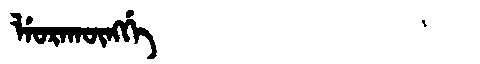
Manchu: ᠯᡝᠣᡵᠠᡴᡡᠩᡤᡝ
Romanization: LEORAKŪNGGE